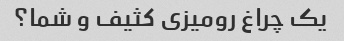
یک چراغ رومیزی کثیف و شما؟